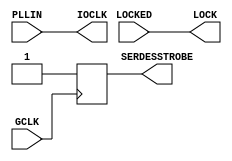
module BUFPLL (IOCLK, LOCK, SERDESSTROBE, GCLK, LOCKED, PLLIN);



    parameter integer DIVIDE = 1;        // {1..8}
    parameter ENABLE_SYNC = "TRUE";


    output IOCLK;
    output LOCK;
    output SERDESSTROBE;

    input GCLK;
    input LOCKED;
    input PLLIN;


// Output signals 
    reg  ioclk_out = 0, lock_out = 0, serdesstrobe_out = 0;

// Counters and Flags
    reg [2:0] ce_count = 0;
    reg [2:0] edge_count = 0;
    reg [2:0] RisingEdgeCount = 0;
    reg [2:0] FallingEdgeCount = 0;
    reg TriggerOnRise = 0; 
    reg divclk_int;

    reg allEqual, RisingEdgeMatch, FallingEdgeMatch,  match, nmatch;

    reg lock_src_indepn_attr = 0, lock_src_0_attr = 0, lock_src_1_attr= 0;

    reg  enable_sync_strobe_out = 0, strobe_out = 0;

// Attribute settings

// Other signals
    reg attr_err_flag = 0;

// =====================
// Count the rising edges of the clk
// =====================
    always @(posedge PLLIN) begin
       if(allEqual) 
           edge_count <= 3'b000;
        else
           edge_count <= edge_count + 1; 
     end 
          
//  Generate synchronous reset after DIVIDE number of counts
    always @(edge_count) 
        if (edge_count == ce_count) 
           allEqual = 1;
        else
          allEqual = 0;

// =======================================
// Generate SERDESSTROBE when ENABLE_SYNC 
// =======================================
     generate
      case(DIVIDE)
        1, 2, 3, 4, 5, 6, 7, 8 : begin
             always @(posedge GCLK)
             begin
                   enable_sync_strobe_out <= 1'b1;
             end
             end
      endcase
    endgenerate
 
// =====================
// Generate divided clk 
// =====================
    always @(edge_count)
       if (edge_count == RisingEdgeCount)
           RisingEdgeMatch = 1;
       else
           RisingEdgeMatch = 0;

    always @(edge_count)
       if (edge_count == FallingEdgeCount)
           FallingEdgeMatch = 1;
       else
           FallingEdgeMatch = 0;

    always @(posedge PLLIN)
       match <= RisingEdgeMatch | (match & ~FallingEdgeMatch);

    always @(negedge PLLIN)
       if(~TriggerOnRise) 
            nmatch <= match; 
         else 
            nmatch <= 0;   

    always@(match or nmatch) divclk_int = match | nmatch;

    always @(PLLIN)
         ioclk_out <= PLLIN;

// =====================
// Generate strobe_out 
// =====================
    always @(posedge PLLIN)
         strobe_out <= allEqual;

// =========================
// Generate serdesstrobe_out
// =========================

    always @(strobe_out or enable_sync_strobe_out)
         serdesstrobe_out = (ENABLE_SYNC == "TRUE")? enable_sync_strobe_out : strobe_out;

// =====================
// Generate LOCK 
// =====================
    always @(LOCKED)
         lock_out <= LOCKED;



    assign IOCLK = ioclk_out;
    assign LOCK  = lock_out;
    assign SERDESSTROBE = serdesstrobe_out;


endmodule